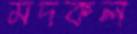
মদকল